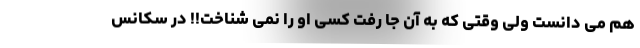
هم می دانست ولی وقتی که به آن جا رفت کسی او را نمی شناخت!! در سکانس